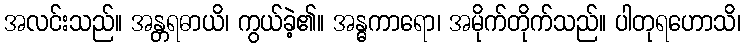
အလင်းသည်။ အန္တရဓာယိ၊ ကွယ်ခဲ့၏။ အန္ဓကာရော၊ အမိုက်တိုက်သည်။ ပါတုရဟောသိ၊